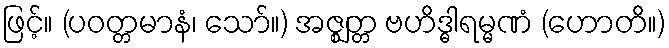
ဖြင့်။ (ပဝတ္တမာနံ၊ သော်။) အဇ္ဈတ္တ ဗဟိဒ္ဓါရမ္မဏံ (ဟောတိ။)